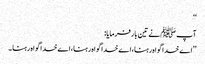
‘‘
آپ ﷺنے تین بار فرمایا:
’’اے خدا گواہ رہنا،اے خدا گواہ رہنا،اے خدا گواہ رہنا ۔